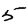
Digit: 5